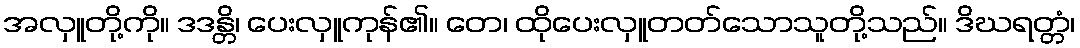
အလှူတို့ကို။ ဒဒန္တိ၊ ပေးလှူကုန်၏။ တေ၊ ထိုပေးလှူတတ်သောသူတို့သည်။ ဒိဃရတ္တံ၊